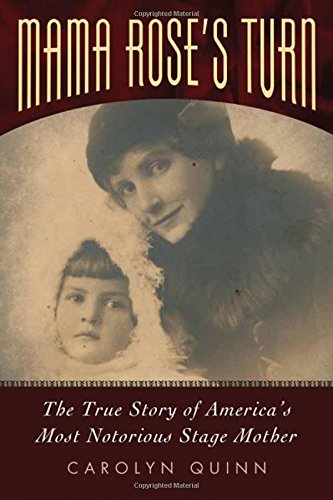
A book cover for Mama Rose's Turn: The True Story of America's Most Notorious Stage Mother; Carolyn Quinn; Biographies & Memoirs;